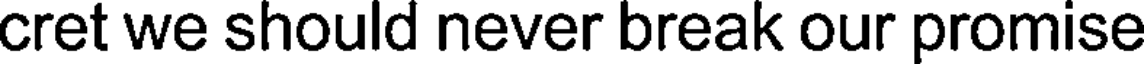
cret we should never break our promise